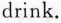
drink.